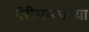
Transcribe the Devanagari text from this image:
पॅरीसमधल्या